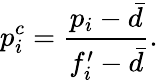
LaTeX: p_{i}^{c}=\frac{p_{i}-\bar{d}}{f_{i}^{\prime}-\bar{d}}.